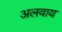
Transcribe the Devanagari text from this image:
अलवाय